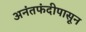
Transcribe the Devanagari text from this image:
अनंतफंदीपासून